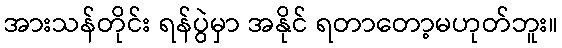
အားသန်တိုင်း ရန်ပွဲမှာ အနိုင် ရတာတော့မဟုတ်ဘူး။